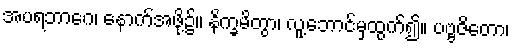
အပရဘာဂေ၊ နောက်အဖို့၌။ နိက္ခမိတွာ၊ လူ့ဘောင်မှထွက်၍။ ပဗ္ဗဇိတော၊